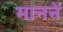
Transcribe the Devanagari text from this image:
माननें